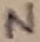
Text: N